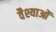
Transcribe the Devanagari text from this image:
वैश्याओं